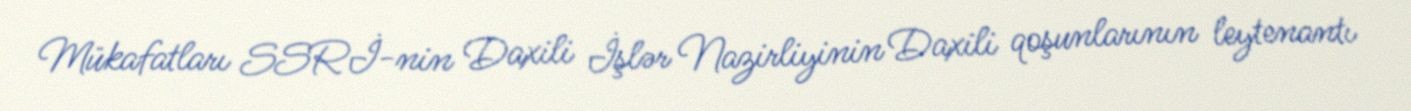
Mükafatları SSRİ-nin Daxili İşlər Nazirliyinin Daxili qoşunlarının leytenantı